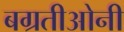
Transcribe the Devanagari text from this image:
बग्रतीओनी